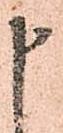
申